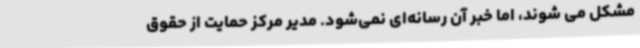
مشکل می شوند، اما خبر آن رسانه‌ای نمی‌شود. مدیر مرکز حمایت از حقوق